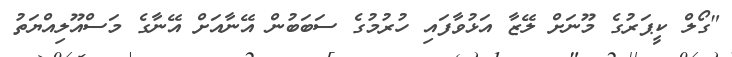
"ގޯލް ކީޕަރުގެ މޫނަށް ލޭޒާ އަޅުވާފައި ހުރުމުގެ ސަބަބުން އޭނާއަށް އޭނާގެ މަސްއޫލިއްޔަތު